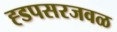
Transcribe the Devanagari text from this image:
ह्डपसरजवळ